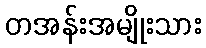
တအန်းအမျိုးသား